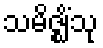
သမိဇ္ဈိံသု